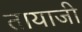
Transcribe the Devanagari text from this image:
तायाजी